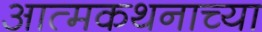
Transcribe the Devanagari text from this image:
आत्मकथनाच्या